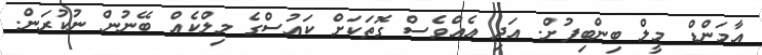
އާމަންޑް މީލް ބިންބިފުށް. އަދި އެއްވެސް ގޮތަކަށް ކައުސްގެ މިލްކެއް ބޭނުން ނުކުރަން.